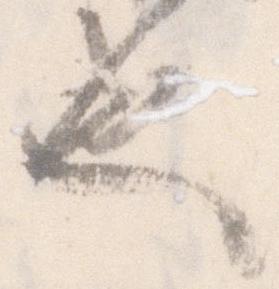
也